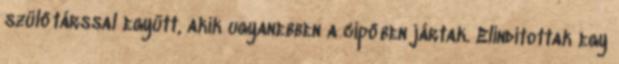
szülőtárssal együtt, akik ugyanebben a cipőben jártak. Elindítottak egy